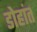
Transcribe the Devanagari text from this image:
डोहांत